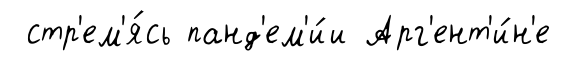
стр'ем'я́сь панд'ем'и́и Арг'ент'и́н'е